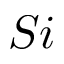
S i